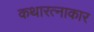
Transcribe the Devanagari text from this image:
कथारत्नाकार